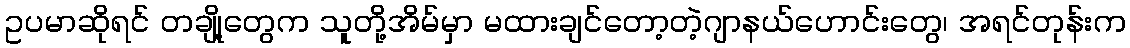
ဥပမာဆိုရင် တချို့တွေက သူတို့အိမ်မှာ မထားချင်တော့တဲ့ဂျာနယ်ဟောင်းတွေ၊ အရင်တုန်းက